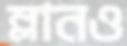
ম্লানও